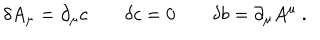
LaTeX: \delta A _ { \mu } = \partial _ { \mu } c \qquad \delta c = 0 \qquad \delta b = \partial _ { \mu } A ^ { \mu } \ .